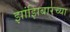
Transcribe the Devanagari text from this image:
झांझिबारच्या